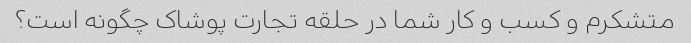
متشکرم و کسب و کار شما در حلقه تجارت پوشاک چگونه است؟